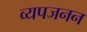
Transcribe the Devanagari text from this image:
व्‍यपजनन